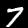
Label: 7